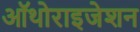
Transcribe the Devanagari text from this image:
ऑथोराइजेशन